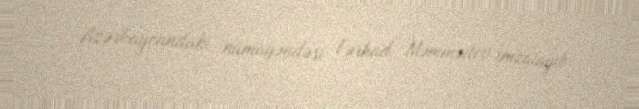
Azərbaycandakı nümayəndəsi Fərhad Məmmədov imzalayıb.